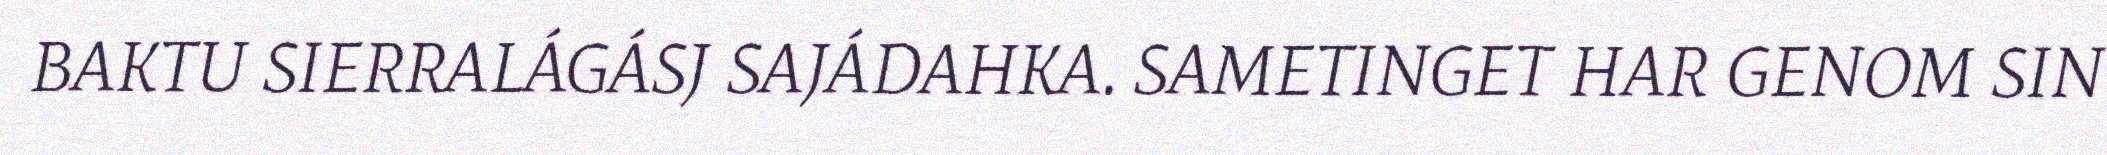
BAKTU SIERRALÁGÁSJ SAJÁDAHKA. SAMETINGET HAR GENOM SIN